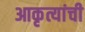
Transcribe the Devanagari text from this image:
आकृत्यांची